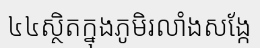
៤៤ស្ថិតក្នុងភូមិរលាំងសង្កែ